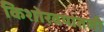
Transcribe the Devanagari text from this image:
किशोरवयातली